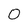
Character: 0